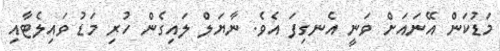
މަޑުކަން އޭނައަށް ވަނީ އެނގިފަ އެވެ. ނާޔަލް ލައިގެން ހުރި މަޑު ވައިލެޓާއި